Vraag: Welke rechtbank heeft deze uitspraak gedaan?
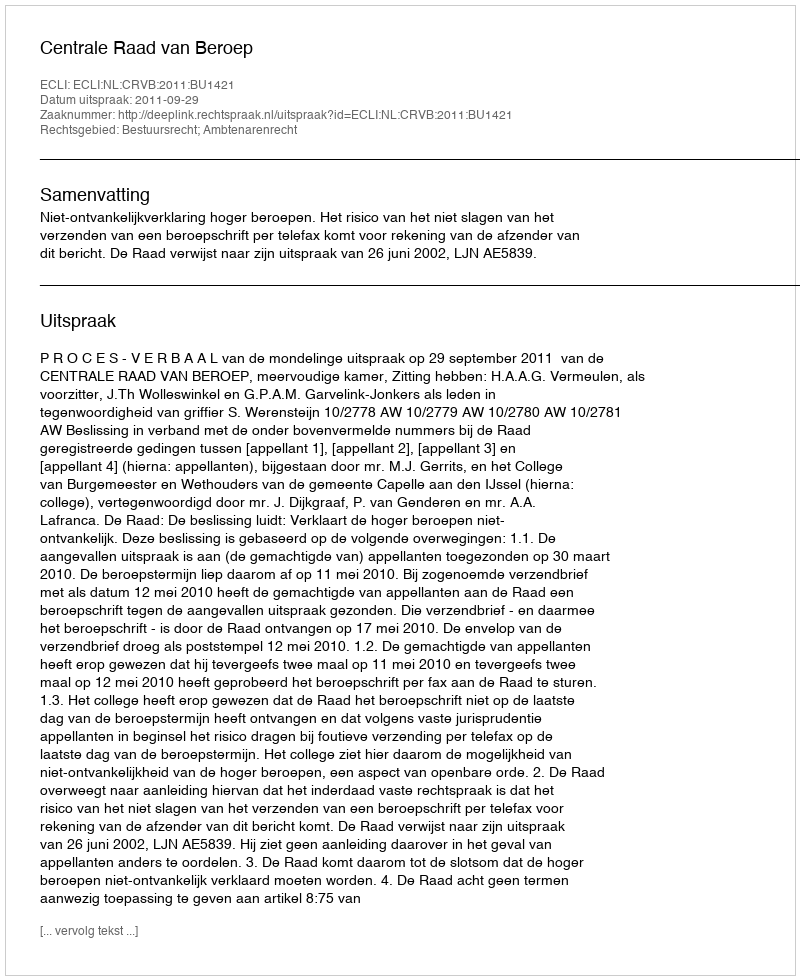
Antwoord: Centrale Raad van Beroep